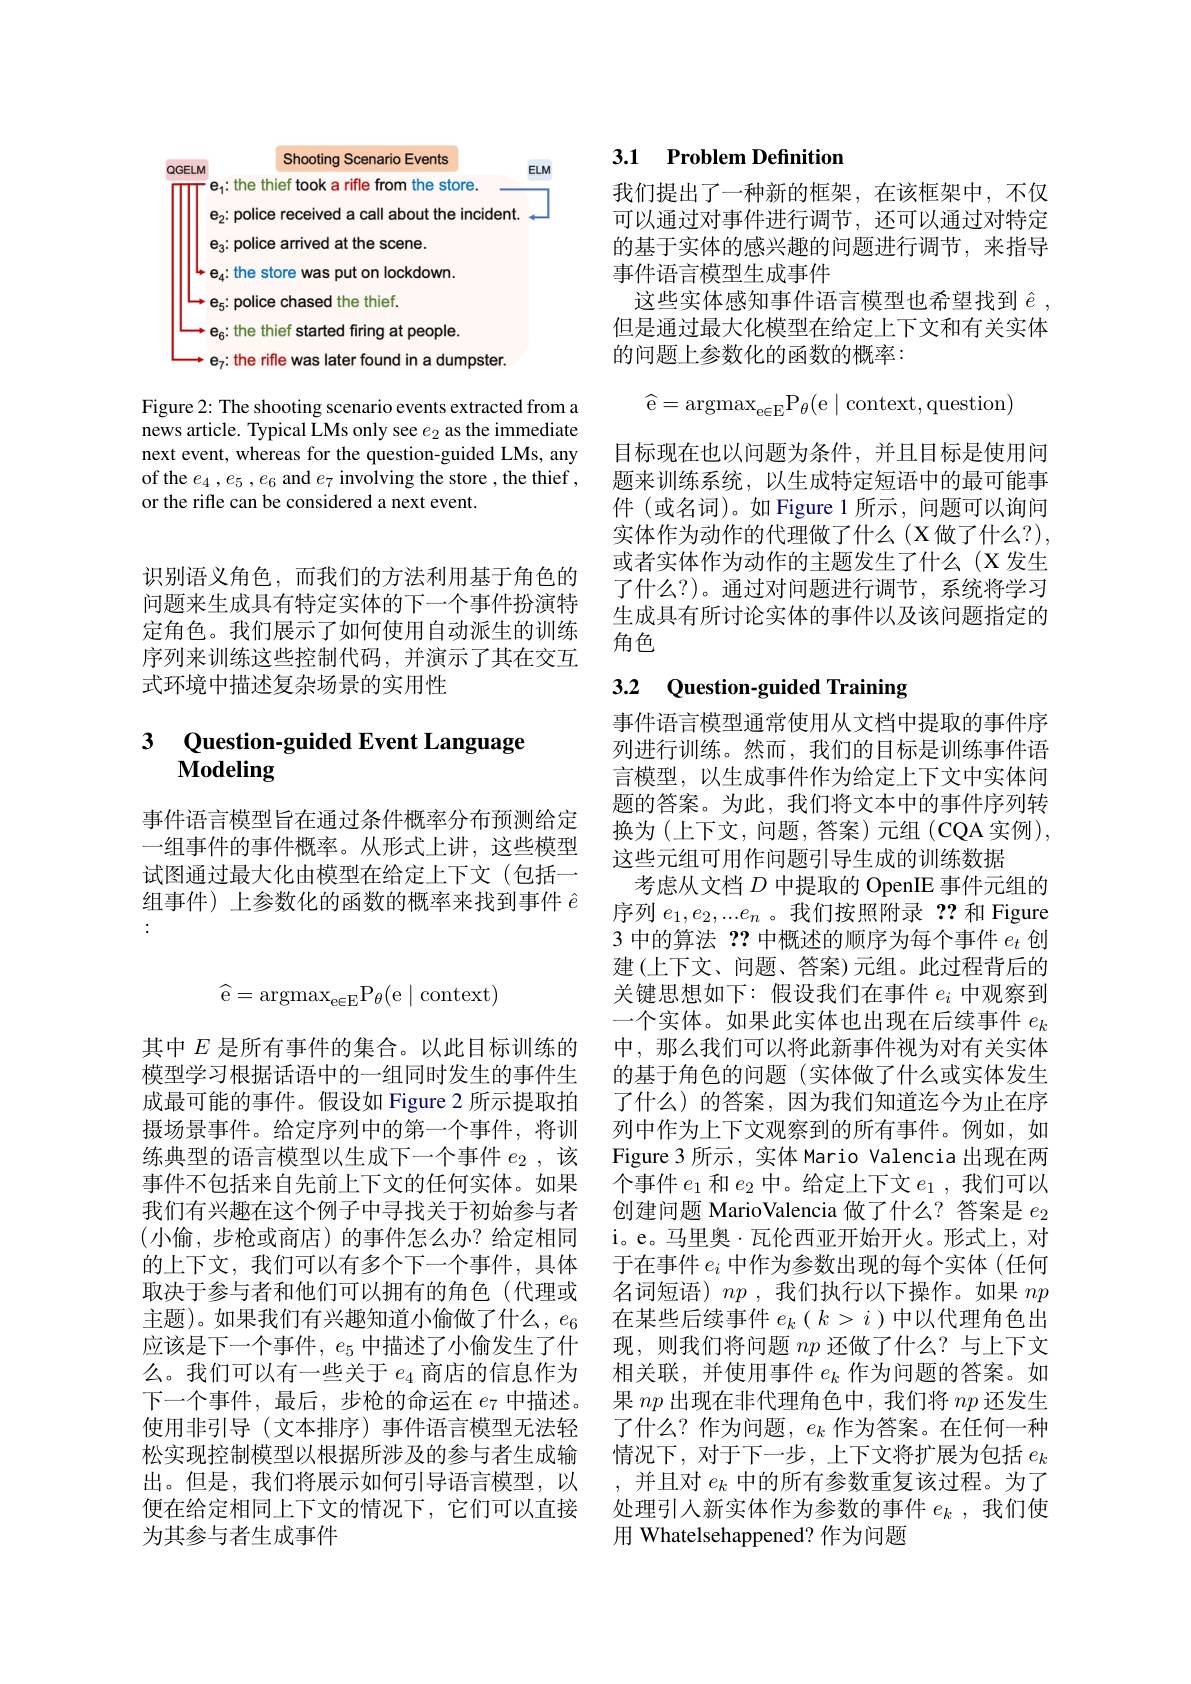
<FigureHere>

Figure 2: The shooting scenario events extracted from a news article. Typical LMs only see $e_2$ as the immediate next event, whereas for the question-guided LMs, any of the $e_{4},e_{5},e_{6}$ and $e_{7}$ involving the store ,the thief , or the rifle can be considered a next event.

识别语义角色，而我们的方法利用基于角色的问题来生成具有特定实体的下一个事件扮演特定角色。我们展示了如何使用自动派生的训练序列来训练这些控制代码，并演示了其在交互式环境中描述复杂场景的实用性

## 3 Question-guided Event Language Modeling

事件语言模型旨在通过条件概率分布预测给定一组事件的事件概率。从形式上讲，这些模型试图通过最大化由模型在给定上下文(包括一组事件) 上参数化的函数的概率来找到事件$\hat{e}$

### 3.1 Problem Defnition

我们提出了一种新的框架，在该框架中，不仅可以通过对事件进行调节，还可以通过对特定的基于实体的感兴趣的问题进行调节，来指导事件语言模型生成事件
这些实体感知事件语言模型也希望找到$\hat{e}$ , 但是通过最大化模型在给定上下文和有关实体的问题上参数化的函数的概率：
$$\widehat{\mathrm e}=\operatorname{argmax}_{\mathrm e\in\mathrm E}\mathrm P_\theta(\mathrm e\mid\mathrm context,\mathrm question)$$
目标现在也以问题为条件，并且目标是使用问题来训练系统，以生成特定短语中的最可能事件(或名词)。如 Figure 1 所示，问题可以询问实体作为动作的代理做了什么(X做了什么？), 或者实体作为动作的主题发生了什么(X发生了什么？)。通过对问题进行调节，系统将学习生成具有所讨论实体的事件以及该问题指定的角色

## 3.2 Question-guided Training

事件语言模型通常使用从文档中提取的事件序列进行训练。然而，我们的目标是训练事件语言模型，以生成事件作为给定上下文中实体问题的答案。为此，我们将文本中的事件序列转换为(上下文，问题，答案)元组(CQA实例), 这些元组可用作问题引导生成的训练数据
考虑从文档$D$中提取的 OpenIE 事件元组的序列$e_1,e_2,...e_n$ 。我们按照附录 ??和 Figure 3 中的算法？?中概述的顺序为每个事件$e_t$创建(上下文、问题、答案)元组。此过程背后的关键思想如下：假设我们在事件$e_i$中观察到一个实体。如果此实体也出现在后续事件$e_k$ 中，那么我们可以将此新事件视为对有关实体的基于角色的问题(实体做了什么或实体发生了什么)的答案，因为我们知道迄今为止在序列中作为上下文观察到的所有事件。例如，如Figure 3 所示，实体 Mario Valencia 出现在两个事件$e_1$和$e_2$中。给定上下文$e_1$ ,我们可以创建问题 MarioValencia 做了什么？答案是$e_2$ i。e。马里奥·瓦伦西亚开始开火。形式上，对于在事件$e_i$中作为参数出现的每个实体(任何名词短语) $np$ ,我们执行以下操作。如果$np$ 在某些后续事件$e_k(k>i)$中以代理角色出现，则我们将问题$np$还做了什么？与上下文相关联，并使用事件$e_k$作为问题的答案。如果$np$出现在非代理角色中，我们将$np$还发生了什么？作为问题，$e_k$作为答案。在任何一种情况下，对于下一步，上下文将扩展为包括$e_k$ ,并且对$e_k$中的所有参数重复该过程。为了处理引入新实体作为参数的事件$e_k$ ,我们使用 Whatelsehappened? 作为问题
$$\widehat{\mathrm e}=\mathrm{argmax}_{\mathrm e\in\mathrm E}\mathrm P_\theta(\mathrm e\mid\mathrm context)$$
其中$E$是所有事件的集合。以此目标训练的模型学习根据话语中的一组同时发生的事件生成最可能的事件。假设如 Figure 2 所示提取拍摄场景事件。给定序列中的第一个事件，将训练典型的语言模型以生成下一个事件$e_2$,该事件不包括来自先前上下文的任何实体。如果我们有兴趣在这个例子中寻找关于初始参与者(小偷，步枪或商店)的事件怎么办？给定相同的上下文，我们可以有多个下一个事件，具体取决于参与者和他们可以拥有的角色(代理或主题)。如果我们有兴趣知道小偷做了什么，$e_6$ 应该是下一个事件，$e_5$中描述了小偷发生了什么。我们可以有一些关于$e_{4}$商店的信息作为下一个事件，最后，步枪的命运在$e_{7}$中描述。使用非引导(文本排序)事件语言模型无法轻松实现控制模型以根据所涉及的参与者生成输出。但是，我们将展示如何引导语言模型，以便在给定相同上下文的情况下，它们可以直接为其参与者生成事件